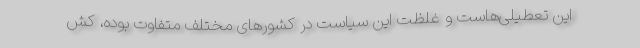
این تعطیلی‌هاست و غلظت این سیاست در کشورهای مختلف متفاوت بوده، کش